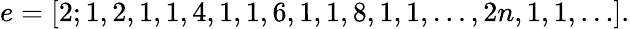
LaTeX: e=[2;1,2,1,1,4,1,1,6,1,1,8,1,1,\ldots,2n,1,1,\ldots].